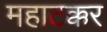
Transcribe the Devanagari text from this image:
महाटक्कर